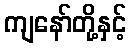
ကျနော်တို့နှင့်